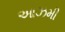
આઝમી